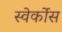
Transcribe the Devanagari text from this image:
स्वेर्कोस